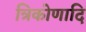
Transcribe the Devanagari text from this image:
त्रिकोणादि